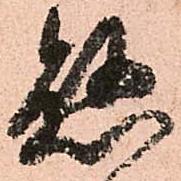
懸